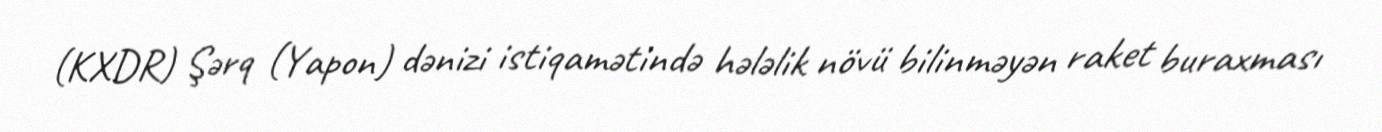
(KXDR) Şərq (Yapon) dənizi istiqamətində hələlik növü bilinməyən raket buraxması